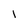
Character: 1